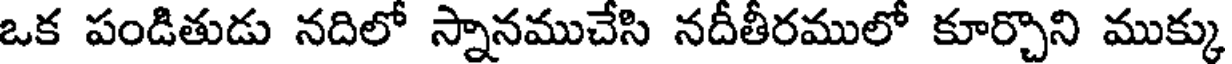
ఒక పండితుడు నదిలో స్నానముచేసి నదీతీరములో కూర్చొని ముక్కు